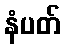
နံပတ်